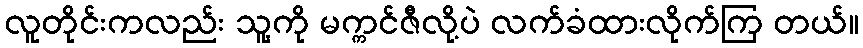
လူတိုင်းကလည်း သူ့ကို မက္ကင်ဇီလို့ပဲ လက်ခံထားလိုက်ကြ တယ်။